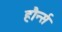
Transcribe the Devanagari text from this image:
हौर्न्स